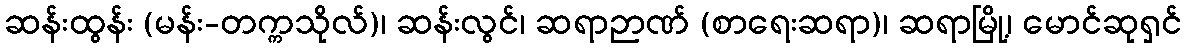
ဆန်းထွန်း (မန်း-တက္ကသိုလ်)၊ ဆန်းလွင်၊ ဆရာဉာဏ် (စာရေးဆရာ)၊ ဆရာမြို့၊ မောင်ဆုရှင်